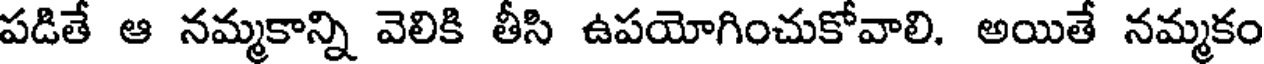
పడితే ఆ నమ్మకాన్ని వెలికి తీసి ఉపయోగించుకోవాలి. అయితే నమ్మకం